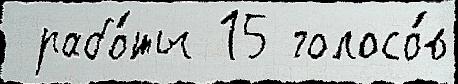
 рабо́ты 15 голосо́в